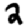
Digit: 2